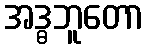
အဒ္ဓဘူတော